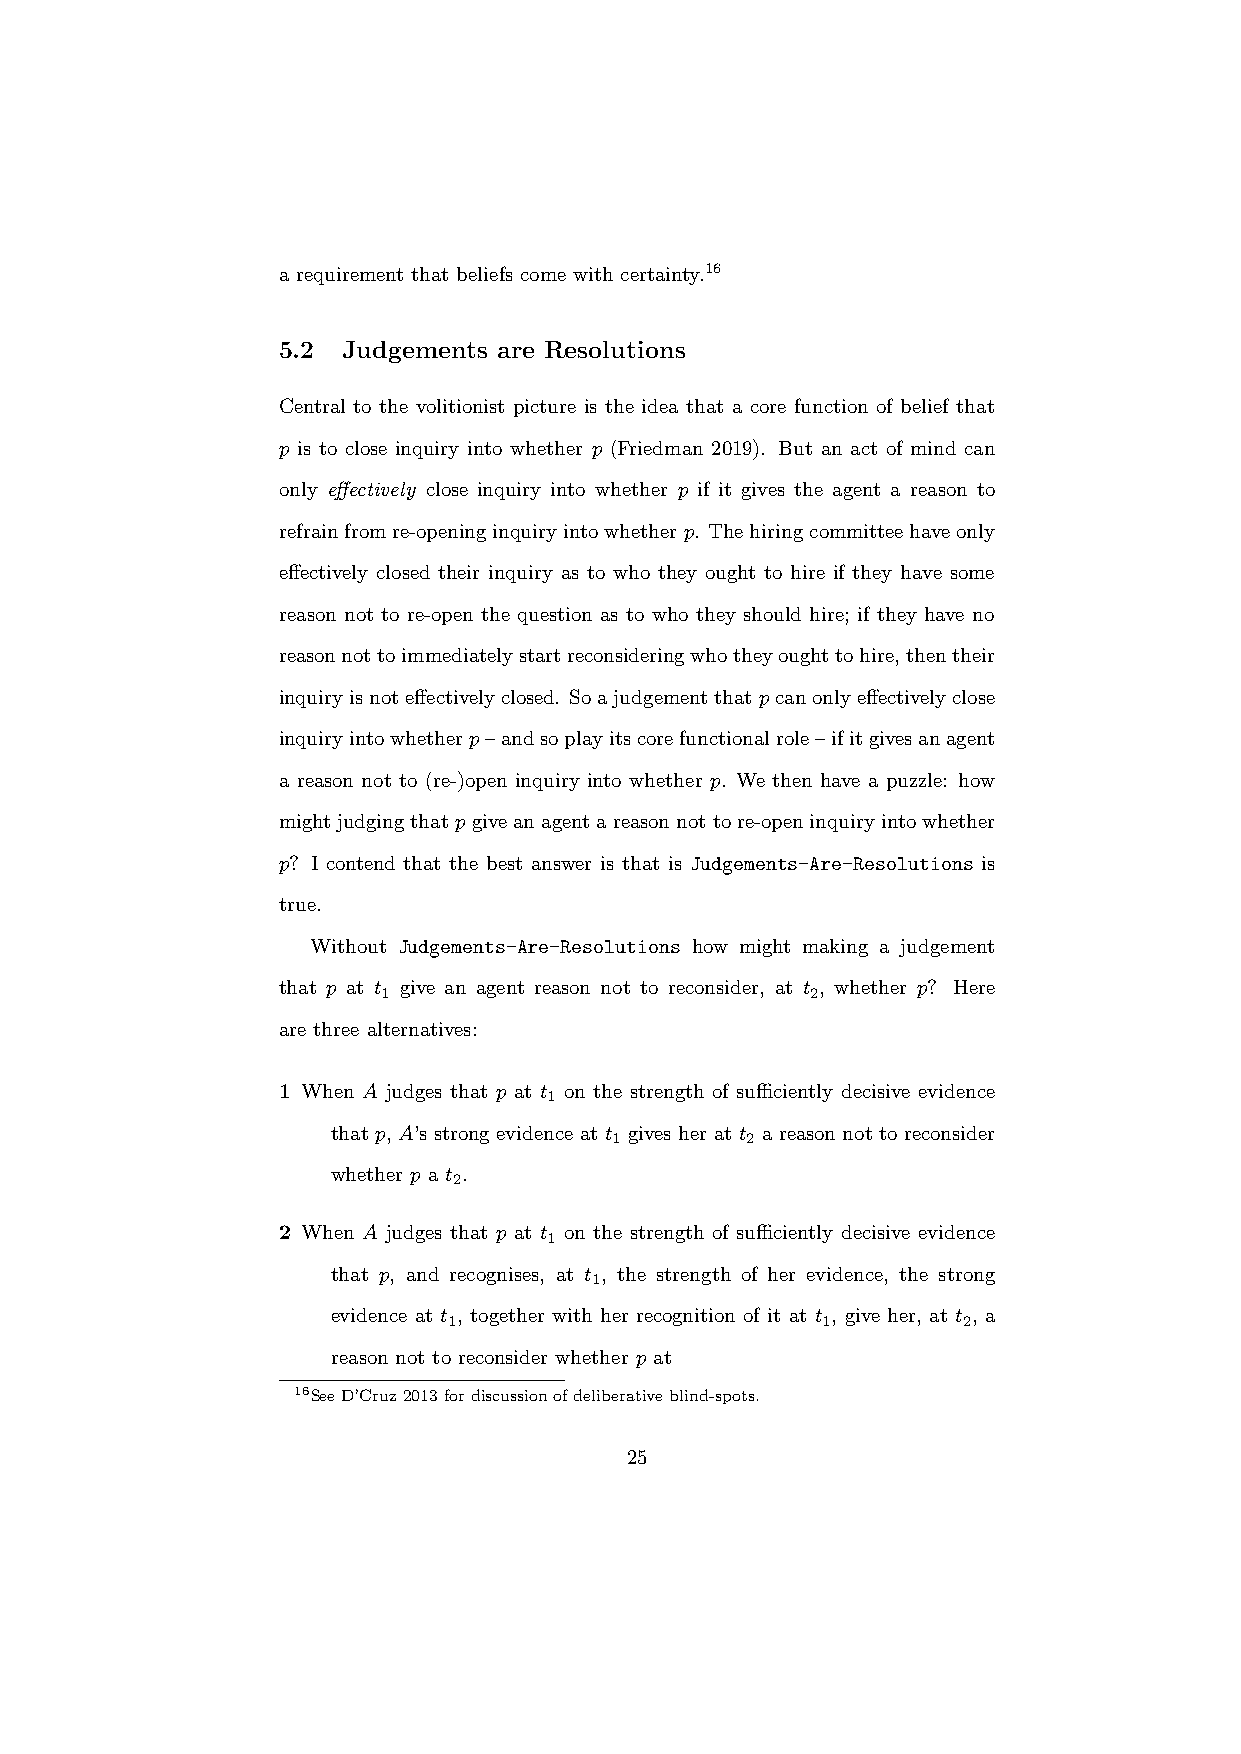
a requirement that beliefs come with certainty.16
 5.2  Judgements are Resolutions
 Central to the volitionist picture is the idea that a core function of belief that
 p is to close inquiry into whether p (Friedman 2019). But an act of mind can
 only effectively close inquiry into whether p if it gives the agent a reason to
 refrainfromre-openinginquiryintowhetherp. Thehiringcommitteehaveonly
 effectively closed their inquiry as to who they ought to hire if they have some
 reason not to re-open the question as to who they should hire; if they have no
 reasonnottoimmediatelystartreconsideringwhotheyoughttohire,thentheir
 inquiryisnoteffectivelyclosed. Soajudgementthatpcanonlyeffectivelyclose
 inquiryintowhetherp–andsoplayitscorefunctionalrole–ifitgivesanagent
 a reason not to (re-)open inquiry into whether p. We then have a puzzle: how
 mightjudgingthatpgiveanagentareasonnottore-openinquiryintowhether
 p? I contend that the best answer is that is Judgements-Are-Resolutions is
 true.
 Without Judgements-Are-Resolutions how might making a judgement
 that p at t give an agent reason not to reconsider, at t , whether p? Here
 1                            2
 are three alternatives:
 1 When A judges that p at t on the strength of sufficiently decisive evidence
 1
 that p, A’s strong evidence at t gives her at t a reason not to reconsider
 1       2
 whether p a t .
 2
 2 When A judges that p at t on the strength of sufficiently decisive evidence
 1
 that p, and recognises, at t , the strength of her evidence, the strong
 1
 evidence at t , together with her recognition of it at t , give her, at t , a
 1                       1         2
 reason not to reconsider whether p at
 16SeeD’Cruz2013fordiscussionofdeliberativeblind-spots.
 25